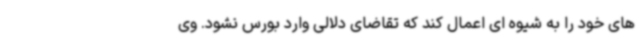
های خود را به شیوه ای اعمال کند که تقاضای دلالی وارد بورس نشود. وی